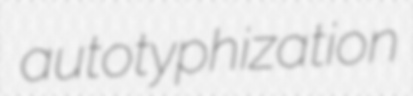
autotyphization